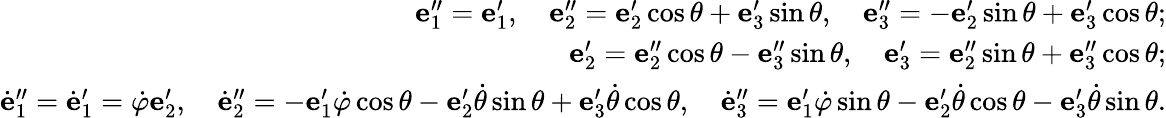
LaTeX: \begin{array}{r}{{\mathbf e}_{1}^{\prime\prime}={\mathbf e}_{1}^{\prime},\quad{\mathbf e}_{2}^{\prime\prime}={\mathbf e}_{2}^{\prime}\cos\theta+{\mathbf e}_{3}^{\prime}\sin\theta,\quad{\mathbf e}_{3}^{\prime\prime}=-{\mathbf e}_{2}^{\prime}\sin\theta+{\mathbf e}_{3}^{\prime}\cos\theta;}\\ {{\mathbf e}_{2}^{\prime}={\mathbf e}_{2}^{\prime\prime}\cos\theta-{\mathbf e}_{3}^{\prime\prime}\sin\theta,\quad{\mathbf e}_{3}^{\prime}={\mathbf e}_{2}^{\prime\prime}\sin\theta+{\mathbf e}_{3}^{\prime\prime}\cos\theta;}\\ {\dot{\mathbf e}_{1}^{\prime\prime}=\dot{\mathbf e}_{1}^{\prime}=\dot{\varphi}{\mathbf e}_{2}^{\prime},\quad\dot{\mathbf e}_{2}^{\prime\prime}=-{\mathbf e}_{1}^{\prime}\dot{\varphi}\cos\theta-{\mathbf e}_{2}^{\prime}\dot{\theta}\sin\theta+{\mathbf e}_{3}^{\prime}\dot{\theta}\cos\theta,\quad\dot{\mathbf e}_{3}^{\prime\prime}={\mathbf e}_{1}^{\prime}\dot{\varphi}\sin\theta-{\mathbf e}_{2}^{\prime}\dot{\theta}\cos\theta-{\mathbf e}_{3}^{\prime}\dot{\theta}\sin\theta.}\end{array}